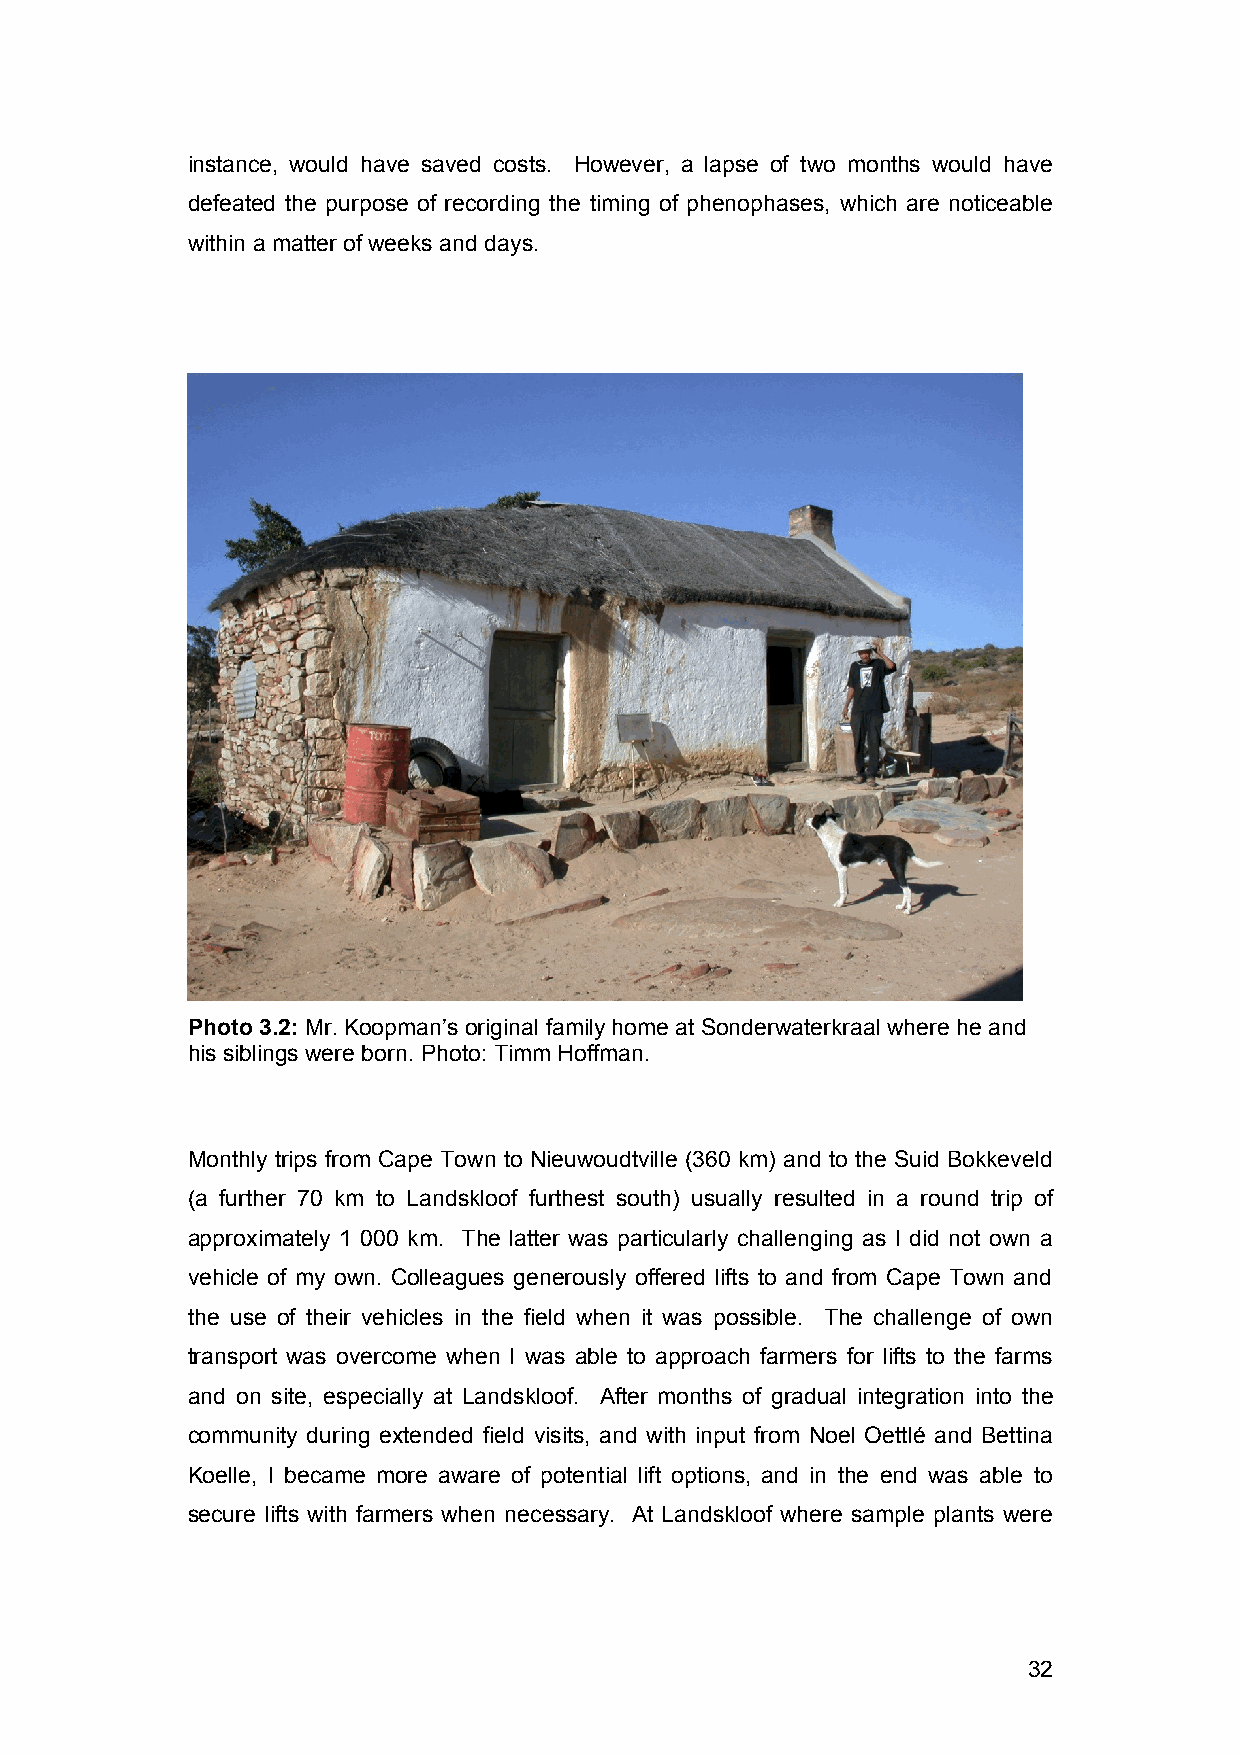
instance, would have saved costs. However, a lapse of two months would have
 defeated the purpose of recording the timing of phenophases, which are noticeable
 within a matter of weeks and days.
 Photo 3.2: Mr. Koopman’s original family home at Sonderwaterkraal where he and
 his siblings were born. Photo: Timm Hoffman.
 Monthly trips from Cape Town to Nieuwoudtville (360 km) and to the Suid Bokkeveld
 (a further 70 km to Landskloof furthest south) usually resulted in a round trip of
 approximately 1 000 km. The latter was particularly challenging as I did not own a
 vehicle of my own. Colleagues generously offered lifts to and from Cape Town and
 the use of their vehicles in the field when it was possible. The challenge of own
 transport was overcome when I was able to approach farmers for lifts to the farms
 and on site, especially at Landskloof. After months of gradual integration into the
 community during extended field visits, and with input from Noel Oettlé and Bettina
 Koelle, I became more aware of potential lift options, and in the end was able to
 secure lifts with farmers when necessary. At Landskloof where sample plants were
 32